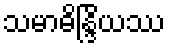
သမာဓိန္ဒြိယဿ